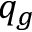
q _ { g }